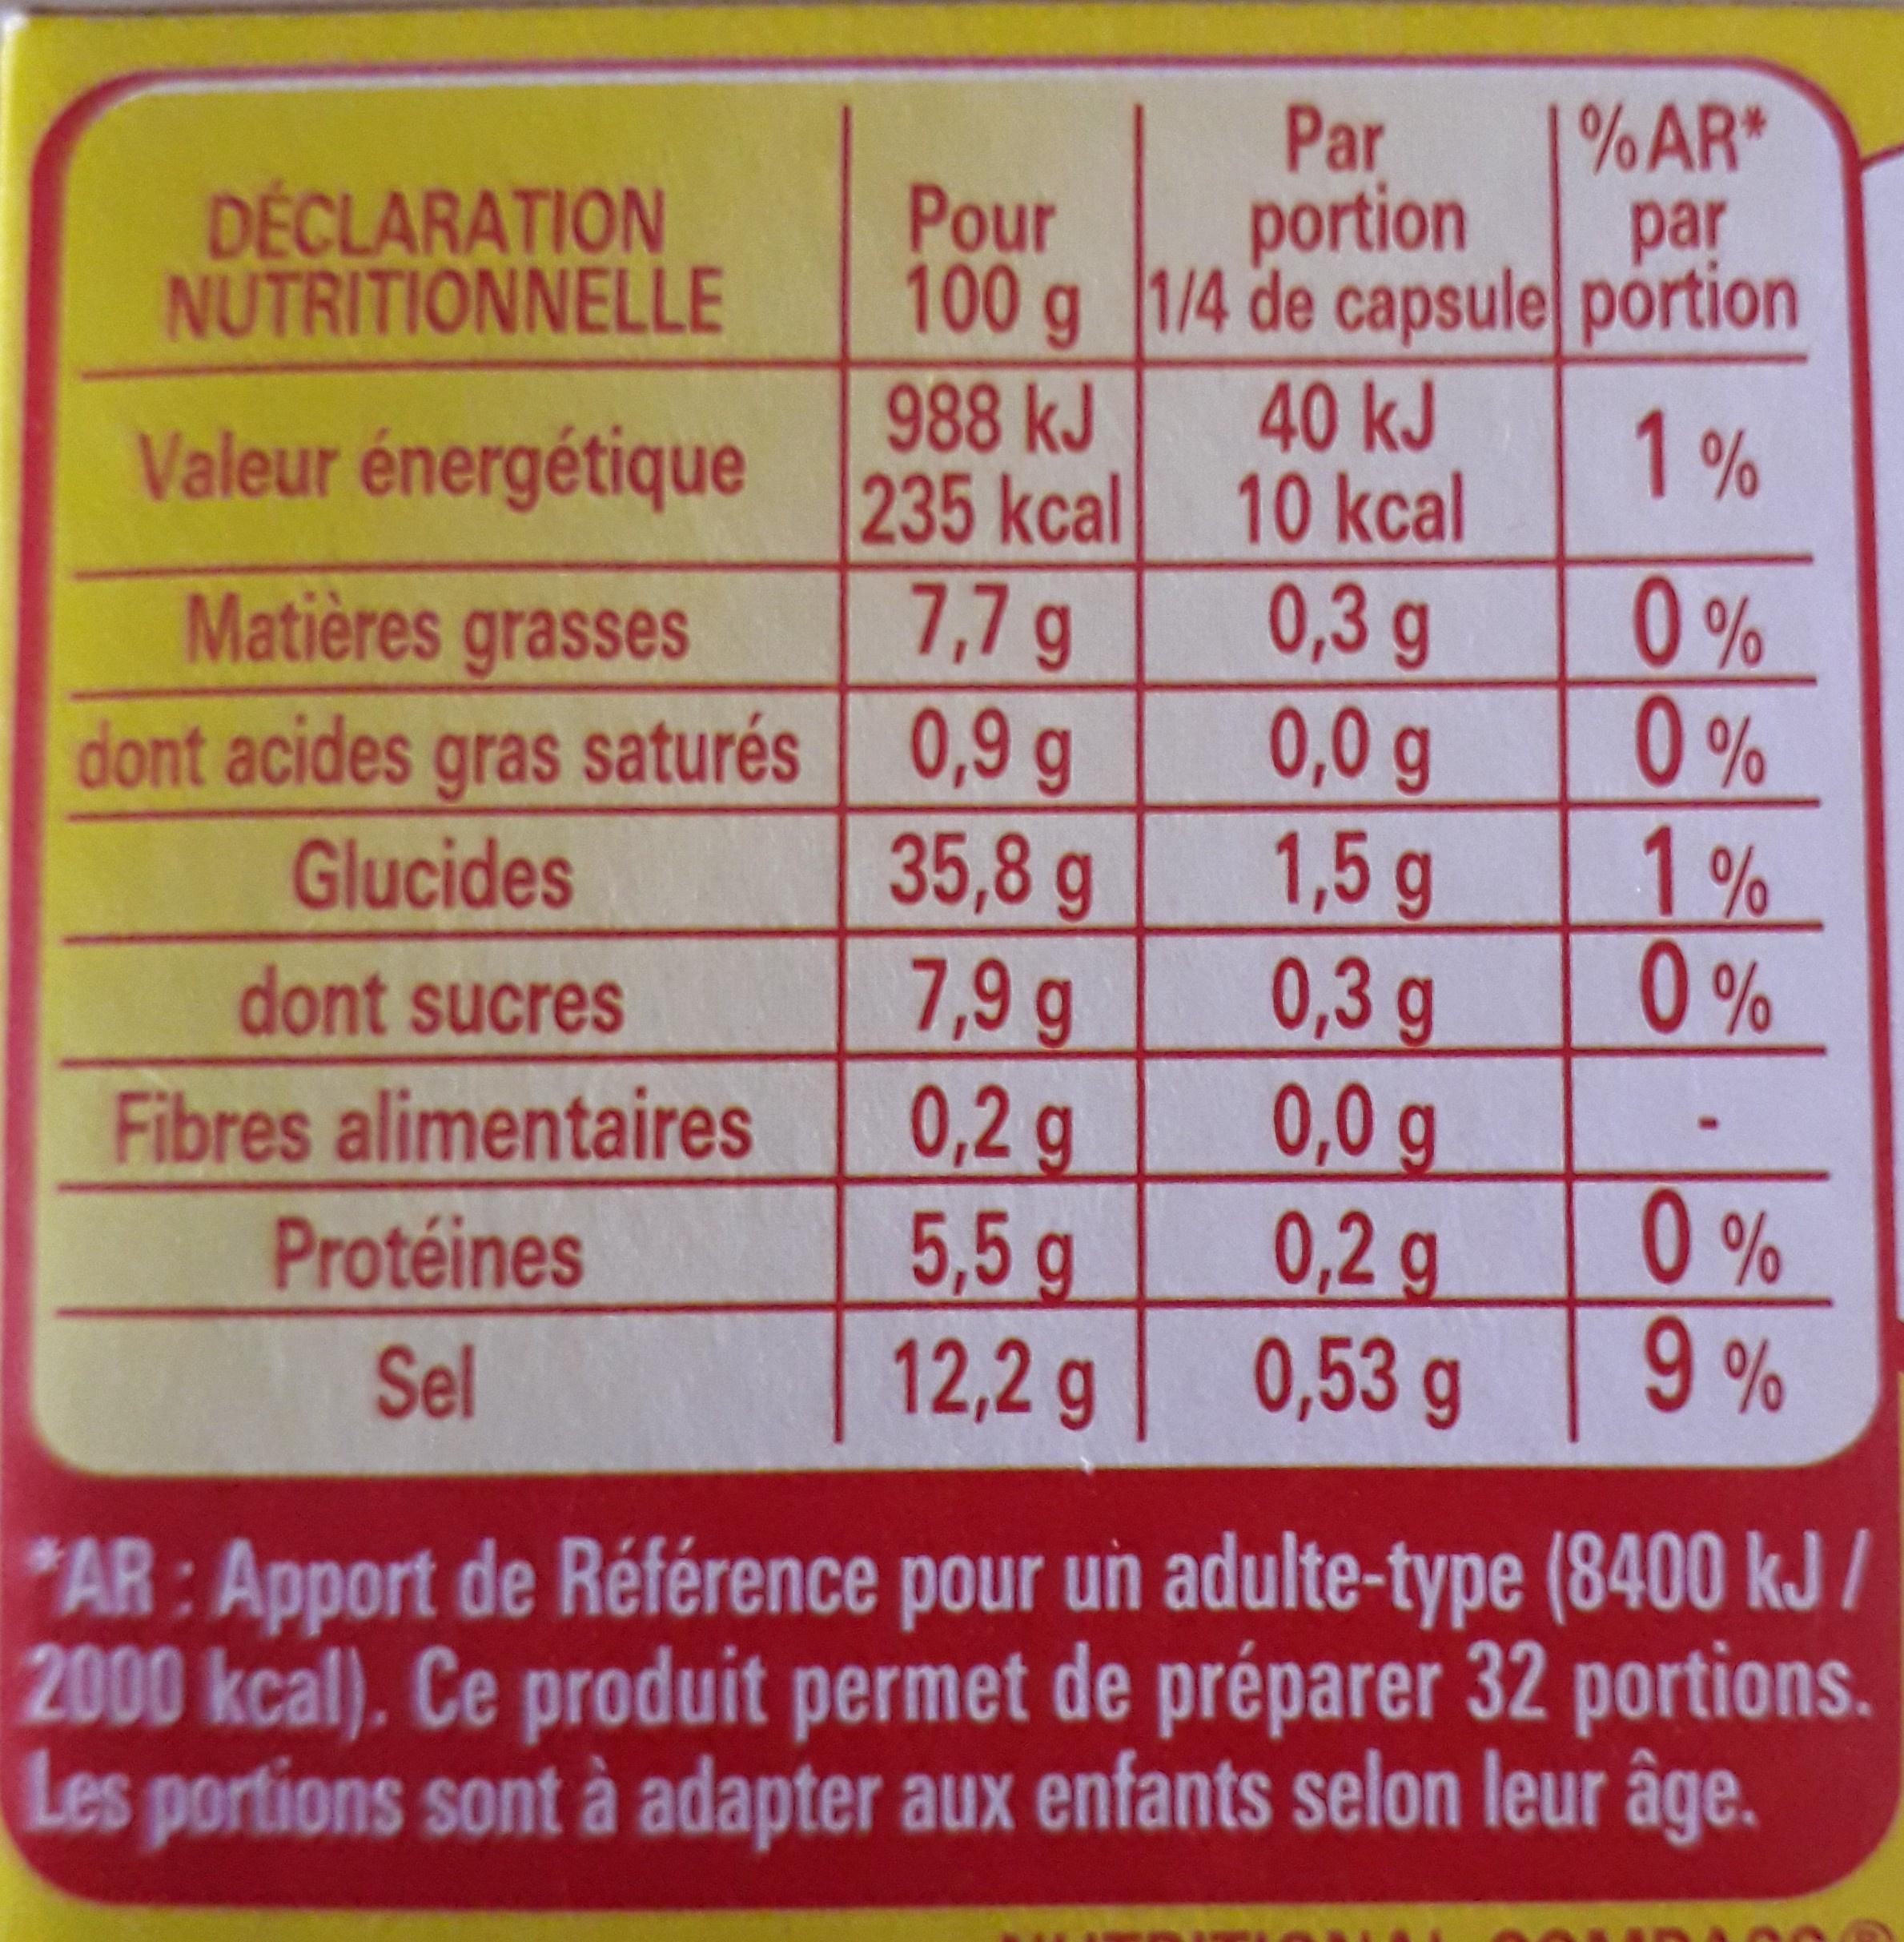
DÉCLARATION NUTRITIONNELLE
Valeur énergétique
Matières grasses
dont acides gras saturés
Glucides
dont sucres
Fibres alimentaires
Protéines
Sel
Pour 100 g 988 kJ
235 kcal
Par portion 1/4 de capsule portion
% AR* par
1%
7,7 g
0,9 g
35,8 g
7,9 g
0,2 g
5,5 g
12,2 g
40 kJ
10 kcal
0,3 g
0,0 g
1,5 g
0,3 g
0,0 g
0,2 g
0,53 g
0%
0%
1%
0%
0%
9%
"AR: Apport de Référence pour un adulte-type (8400 kJ/ 2000 kcal). Ce produit permet de préparer 32 portions. Les portions sont à adapter aux enfants selon leur âge.